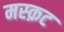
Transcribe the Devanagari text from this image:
मस्क़ट